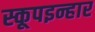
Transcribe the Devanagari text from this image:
स्कूपइन्हार